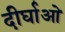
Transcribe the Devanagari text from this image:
दीर्घाओ